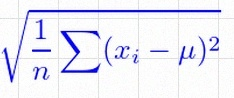
\sigma=\sqrt{\frac1n\sum(x_i-\mu)^2}